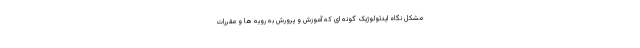
مشکل نگاه ایدئولوژیک گونه ای که آموزش و پرورش به رویه ها و مقررات